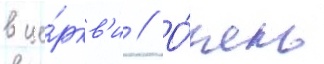
в це́ркв'и // О́чень